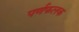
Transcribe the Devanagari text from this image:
पर्णफलक